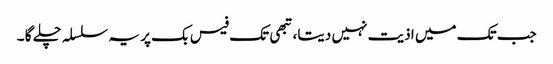
جب تک میں اذیت نہیں دیتا، تبھی تک فیس بک پر یہ سلسلہ چلے گا ۔